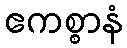
ဧကစ္စာနံ